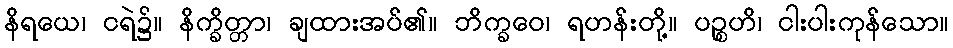
နိရယေ၊ ငရဲ၌။ နိက္ခိတ္တာ၊ ချထားအပ်၏။ ဘိက္ခဝေ၊ ရဟန်းတို့။ ပဉ္စဟိ၊ ငါးပါးကုန်သော။